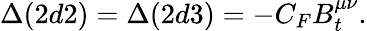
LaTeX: \Delta(2d2)=\Delta(2d3)=-C_{F}B_{t}^{\mu\nu}.